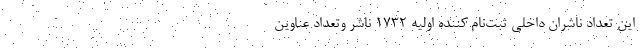
این تعداد ناشران داخلی ثبت‌نام کننده اولیه ۱۷۳۲ ناشر وتعداد عناوین